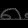
Digit: ၈